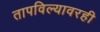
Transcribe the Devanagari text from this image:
तापविल्यावरही